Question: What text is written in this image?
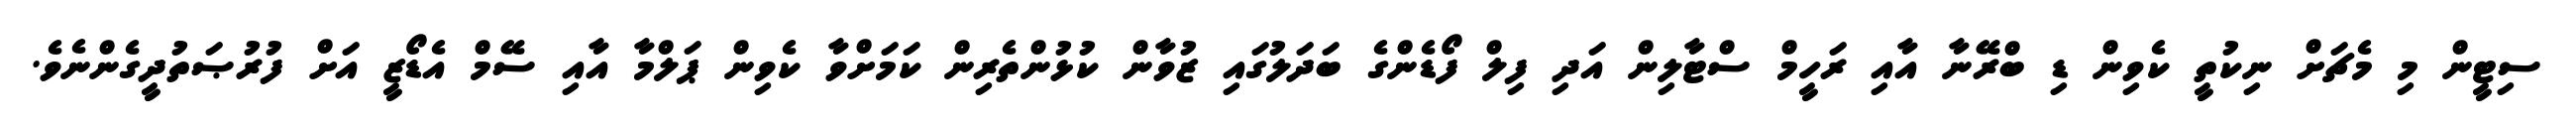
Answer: ސިޓީން މި މެޗަށް ނިކުތީ ކެވިން ޑި ބްރޭނާ އާއި ރަހީމް ސްޓާލިން އަދި ފިލް ފޯޑެންގެ ބަދަލުގައި ޒުވާން ކުޅުންތެރިން ކަމަށްވާ ކެވިން ޕަލްމާ އާއި ސޭމް އެޑޯޒީ އަށް ފުރުޞަތުދީގެންނެވެ.